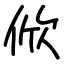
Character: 俽